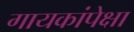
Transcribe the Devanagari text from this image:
गायकांपेक्षा